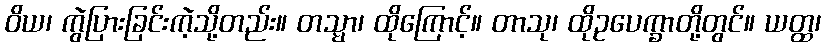
ဝိယ၊ ကွဲပြားခြင်းကဲ့သို့တည်း။ တသ္မာ၊ ထိုကြောင့်။ တာသု၊ ထိုဥပေက္ခာတို့တွင်။ ယတ္ထ၊